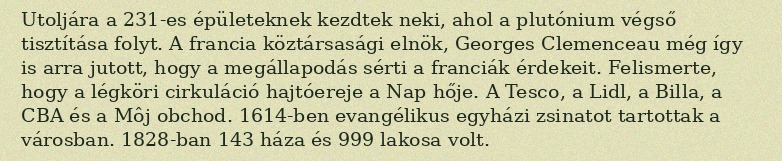
Utoljára a 231-es épületeknek kezdtek neki, ahol a plutónium végső tisztítása folyt. A francia köztársasági elnök, Georges Clemenceau még így is arra jutott, hogy a megállapodás sérti a franciák érdekeit. Felismerte, hogy a légköri cirkuláció hajtóereje a Nap hője. A Tesco, a Lidl, a Billa, a CBA és a Môj obchod. 1614-ben evangélikus egyházi zsinatot tartottak a városban. 1828-ban 143 háza és 999 lakosa volt.